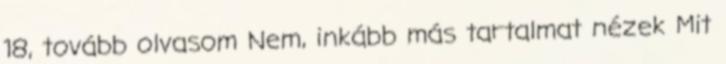
18, tovább olvasom Nem, inkább más tartalmat nézek Mit